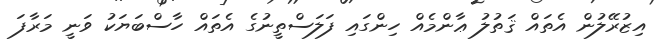
އިޒުރޭލުން އެތައް ޤަތުލު ޢާންމެއް ހިންގައި ފަލަސްތީނުގެ އެތައް ހާސްބަޔަކު ވަނީ މަރާފަ